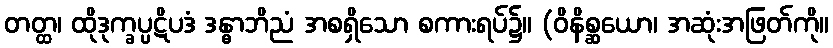
တတ္ထ၊ ထိုဒုက္ခပ္ပဋိပဒံ ဒန္ဓာဘိညံ အစရှိသော စကားရပ်၌။ (ဝိနိစ္ဆယော၊ အဆုံးအဖြတ်ကို။